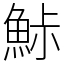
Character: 鮛